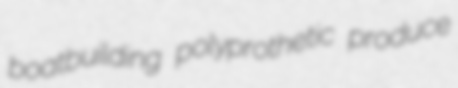
boatbuilding polyprothetic produce